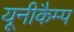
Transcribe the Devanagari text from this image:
यूनीकैम्प